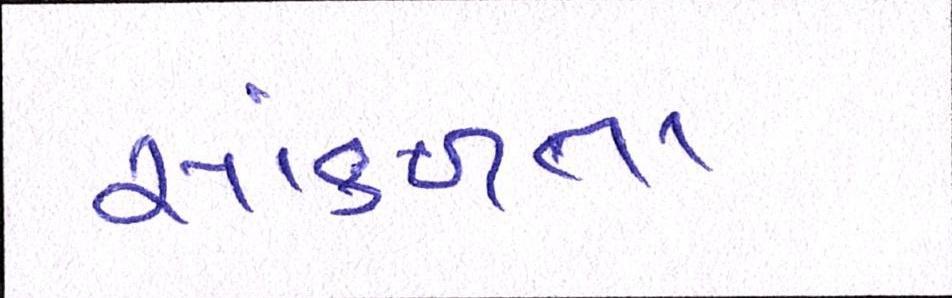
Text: સાંકળતા